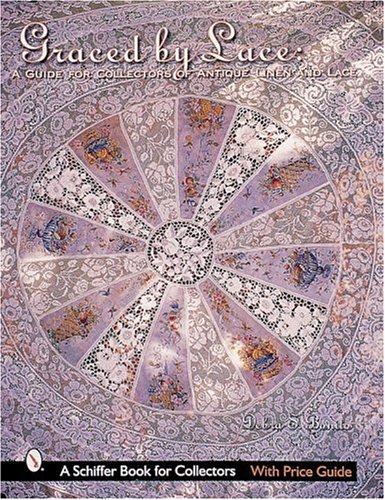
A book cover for Graced by Lace: A Guide for Collectors of Antique Linen and Lace (A Schiffer Book for Collectors); Debra Bonito; Crafts, Hobbies & Home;